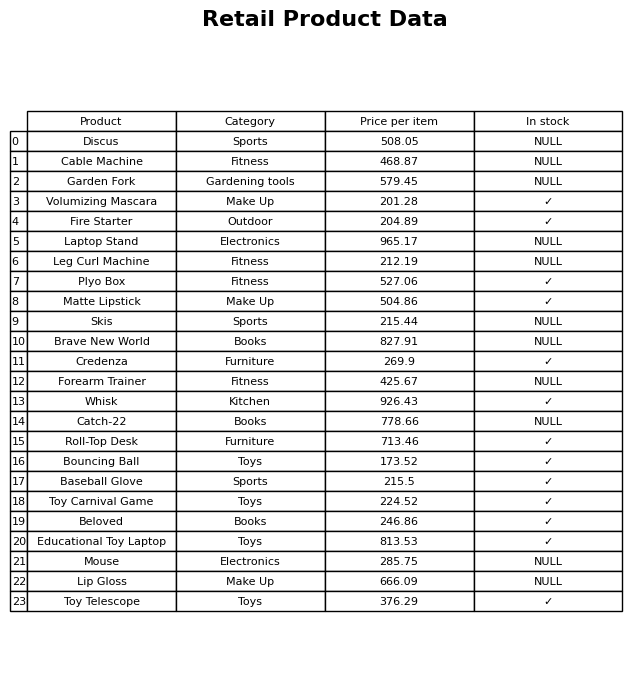
question: Is the Bouncing Ball in stock?
answer: ✓